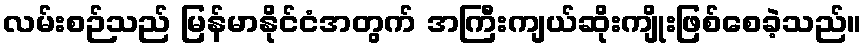
လမ်းစဉ်သည် မြန်မာနိုင်ငံအတွက် အကြီးကျယ်ဆိုးကျိုးဖြစ်စေခဲ့သည်။